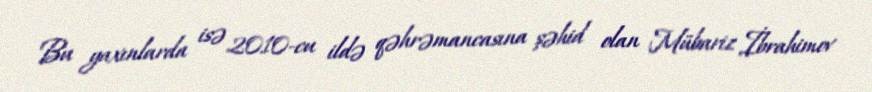
Bu yaxınlarda isə 2010-cu ildə qəhrəmancasına şəhid olan Mübariz İbrahimov